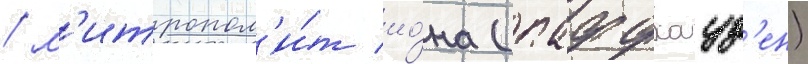
/ м'итропол'и́т ио́на (паффхауз'ен)